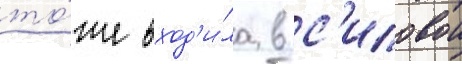
то́же вход'и́ла в с'иловои